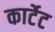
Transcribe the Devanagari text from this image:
कार्टेट